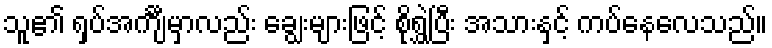
သူ၏ ရှပ်အင်္ကျီမှာလည်း ချွေးများဖြင့် စိုရွှဲပြီး အသားနှင့် ကပ်နေလေသည်။